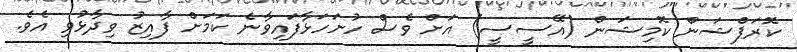
ކޮރަޕްޝަން ކޮމިޝަން (އޭސީސީ) އަށް ވެސް ހުށަހަޅާފައިވާނެ ކަމަށް ފާއިޒު ވިދާޅުވި އެވެ.